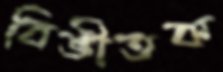
বিভীতক